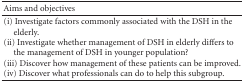
| Aims and objectives |  |
 | --- | --- |
 | (i) Investigate factors commonly associated with the DSH in the elderly.(ii) Investigate whether management of DSH in elderly differs to the management of DSH in younger population?(iii) Discover how management of these patients can be improved.(iv) Discover what professionals can do to help this subgroup. |  |